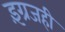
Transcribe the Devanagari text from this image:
इंग्रजही